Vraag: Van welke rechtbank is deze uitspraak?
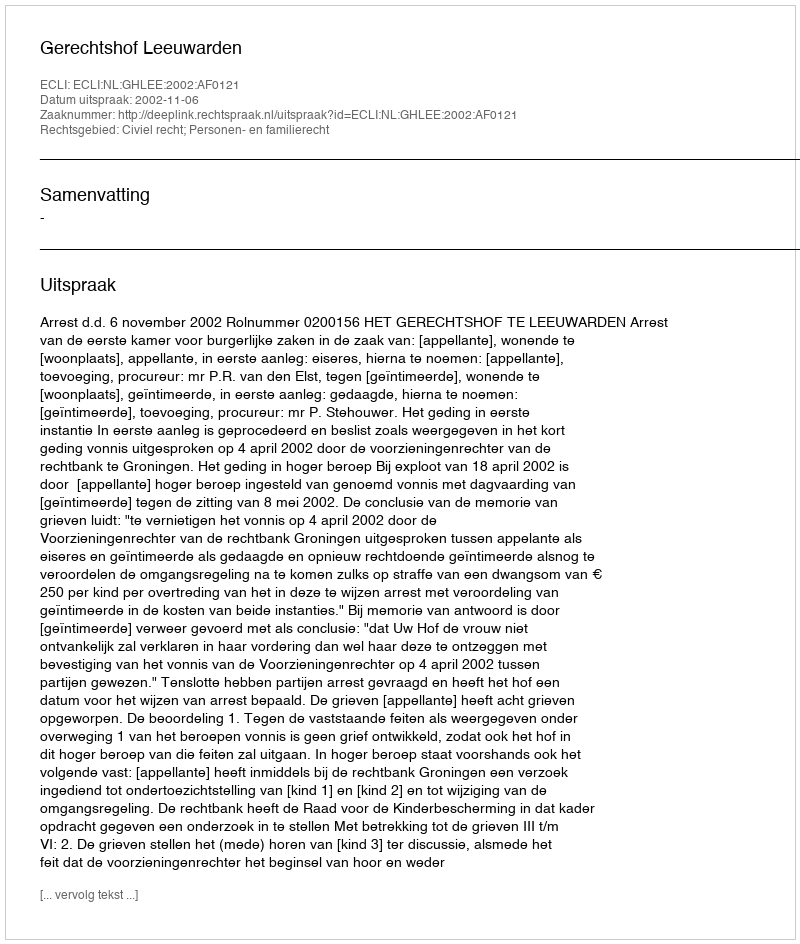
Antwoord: Gerechtshof Leeuwarden